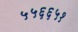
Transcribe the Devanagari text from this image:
५५६६५१